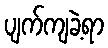
ပျက်ကျခဲ့ရာ